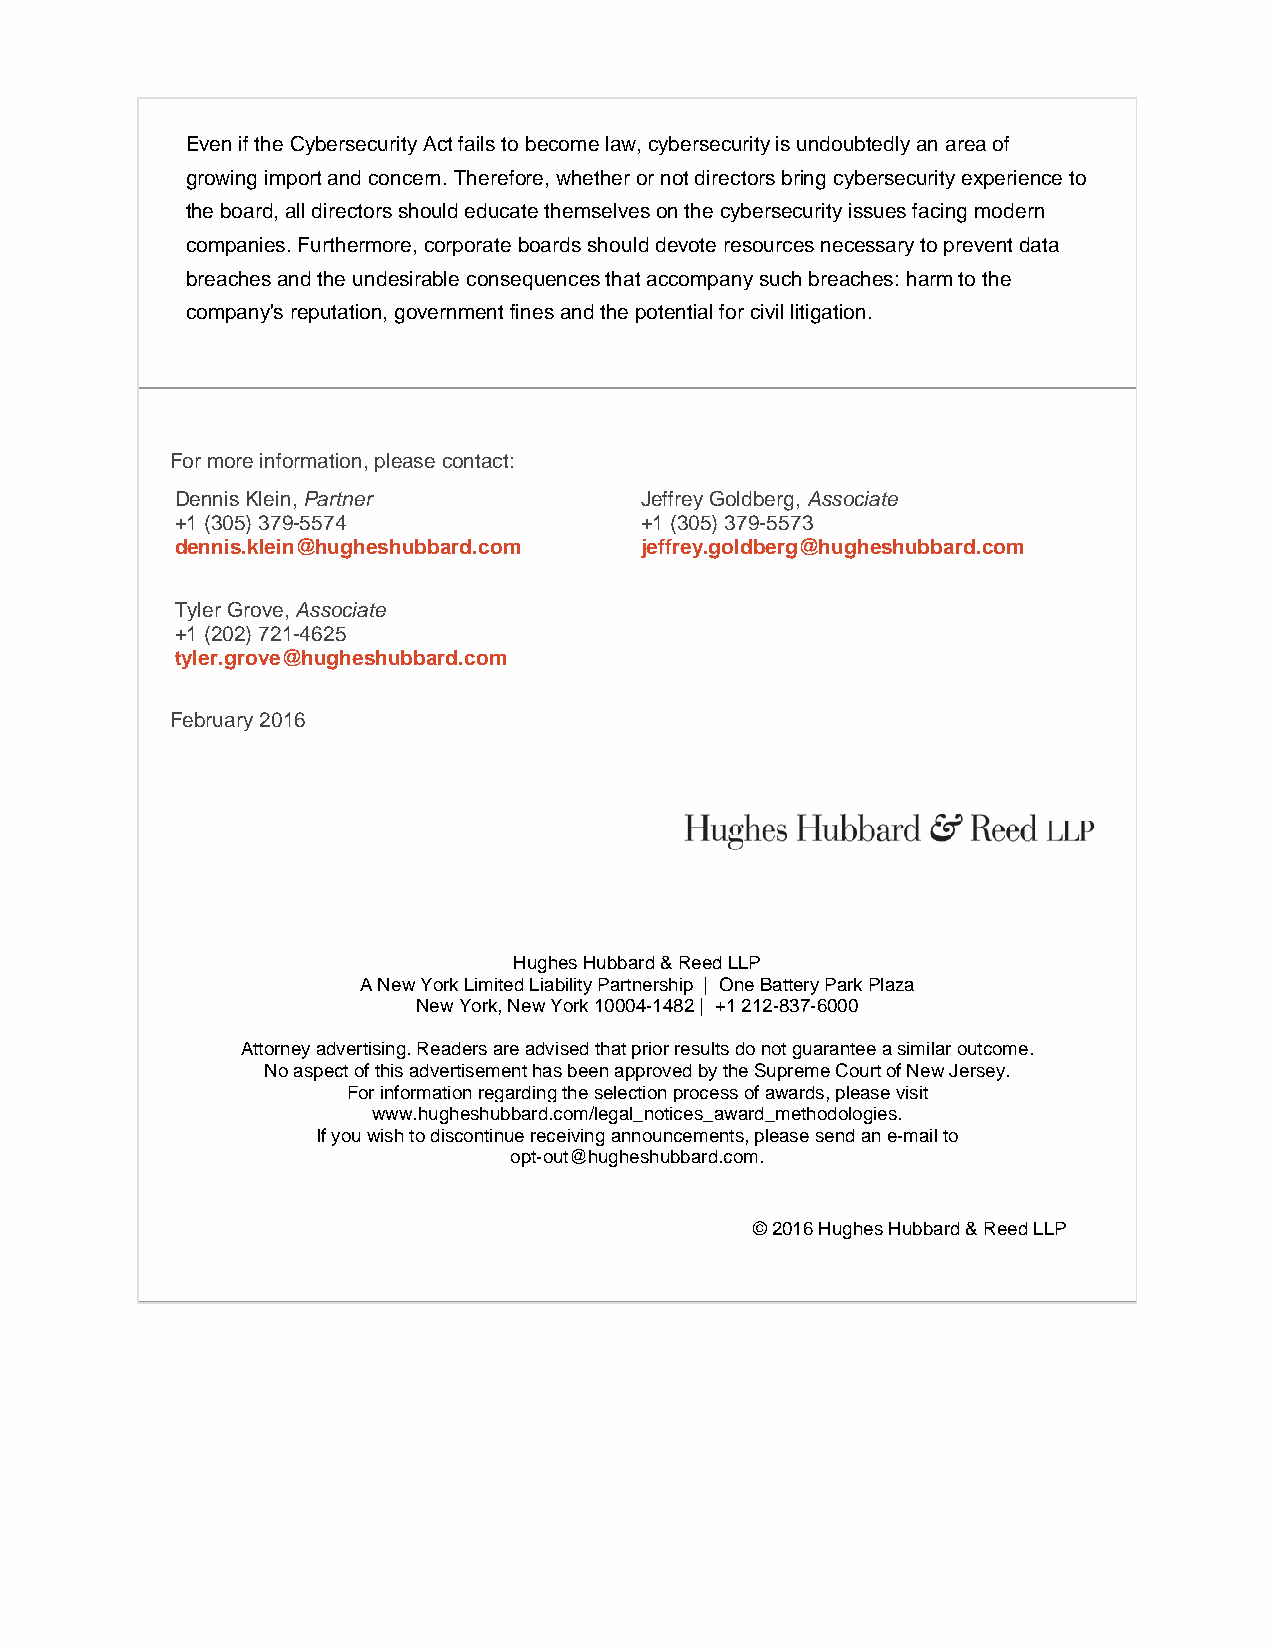
Even if the Cybersecurity Act fails to become law, cybersecurity is undoubtedly an area of
 growing import and concern. Therefore, whether or not directors bring cybersecurity experience to
 the board, all directors should educate themselves on the cybersecurity issues facing modern
 companies. Furthermore, corporate boards should devote resources necessary to prevent data
 breaches and the undesirable consequences that accompany such breaches: harm to the
 company's reputation, government fines and the potential for civil litigation.
 For more information, please contact:
 Dennis Klein, Partner         Jeffrey Goldberg, Associate
 +1 (305) 379-5574             +1 (305) 379-5573
 dennis.klein@hugheshubbard.com jeffrey.goldberg@hugheshubbard.com
 Tyler Grove, Associate
 +1 (202) 721-4625
 tyler.grove@hugheshubbard.com
 February 2016
 Hughes Hubbard & Reed LLP
 A New York Limited Liability Partnership | One Battery Park Plaza
 New York, New York 10004-1482 | +1 212-837-6000
 Attorney advertising. Readers are advised that prior results do not guarantee a similar outcome.
 No aspect of this advertisement has been approved by the Supreme Court of New Jersey.
 For information regarding the selection process of awards, please visit
 www.hugheshubbard.com/legal_notices_award_methodologies.
 If you wish to discontinue receiving announcements, please send an e-mail to
 opt-out@hugheshubbard.com.
 © 2016 Hughes Hubbard & Reed LLP